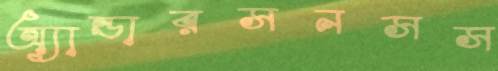
অ্যান্ডারসনসস